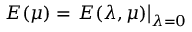
E ( \mu ) = \left. E ( \lambda , \mu ) \right| _ { \lambda = 0 }